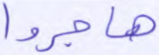
هاجروا